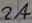
Text: 2A